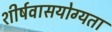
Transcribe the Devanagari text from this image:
शीर्षवासयोग्यता